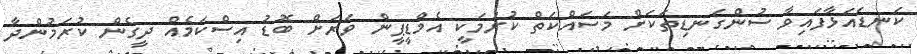
ކަނޑައަޅާފައިވާ ސުންގަނޑިތަކަށް މަސައްކަތް ކުރުމަކީ އެމްޑީޕީން ވަރަށް ބޮޑު އިސްކަމެއް ދީގެން ކުރަމުންދާ